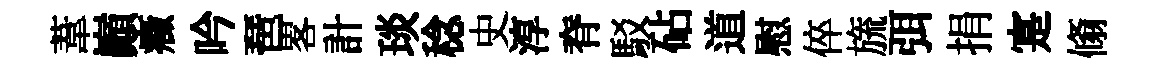
葦巔癥吟琶畧計琰稔史淳脊駁砧道慰倅旒弭捐寔翛